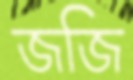
জজি